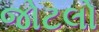
જોટલો